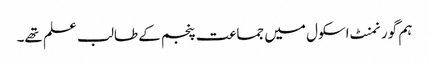
ہم گورنمنٹ اسکول میں جماعت پنجم کے طالب علم تھے۔